Dysentery and liver abscess in Bombay - Number 47
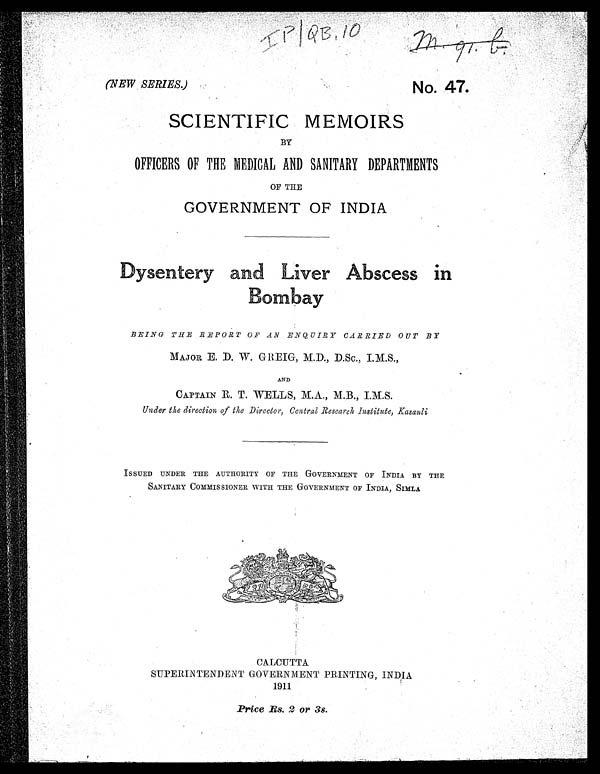
IP/QB, 10
m . 9 1 . b .
(NEW SERIES.) No.
47.
SCIENTIFIC MEMOIRS
BY
OFFICERS OF THE MEDICAL AND SANITARY DEPARTMENTS
•
OF THE
GOVERNMENT OF INDIA
Dysentery and Liver Abscess in
B o m b a y
BEING THE REPORT OF AN ENQUIRY CARRIED OUT BY
MAJOR E. D. W. GREIG, M.D., D.Sc., I.M.S.,
AND
CAPTAIN R. T. WELLS, M.A., M.B., I.M.S.
Under the direction of the Director, Central Research Institute, Kasauli
ISSUED UNDER THE AUTHORITY OF THE GOVERNMENT OF INDIA BY THE
SANITARY COMMISSIONER WITH THE GOVERNMENT OF INDIA, SIMLA
CALCUTTA
SUPERINTENDENT GOVERNMENT PRINTING, INDIA
1911
Price Rs. 2 or 3s.